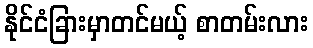
နိုင်ငံခြားမှာတင်မယ့် စာတမ်းလား